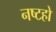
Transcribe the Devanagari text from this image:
नष्टहो